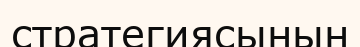
стратегиясынын